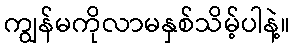
ကျွန်မကိုလာမနှစ်သိမ့်ပါနဲ့။